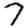
Digit: 7